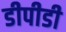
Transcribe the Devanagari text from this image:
डीपीडी